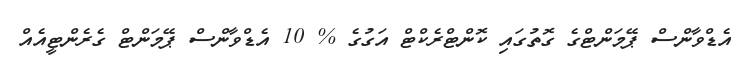
އެޑްވާންސް ޕޭމަންޓްގެ ގޮތުގައި ކޮންޓްރެކްޓް އަގުގެ % 10 އެޑްވާންސް ޕޭމަންޓް ގެރެންޓީއެއް